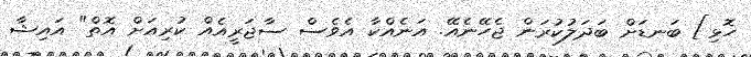
ހޮޅި] ބަނޑަށް ބަދަލުކުރަން ޖެހޭނެއޭ. އަނެއްކާ އެވެސް ސާޖަރީއެއް ކުރިއަށް އޮތް" އައިޝާ